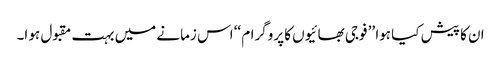
ان کا پیش کیا ہوا ’’ فوجی بھائیوں کا پروگرام ‘‘ اس زمانے میں بہت مقبول ہو ا۔